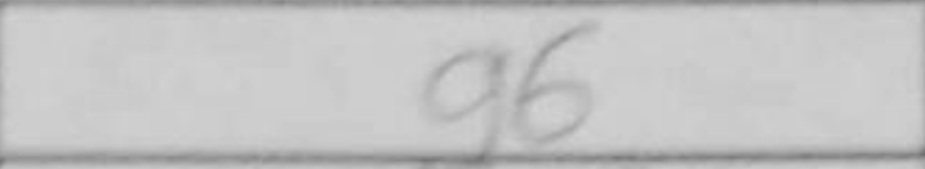
Transcription: g6